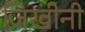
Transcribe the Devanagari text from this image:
ज़िखीनी